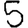
Digit: 5